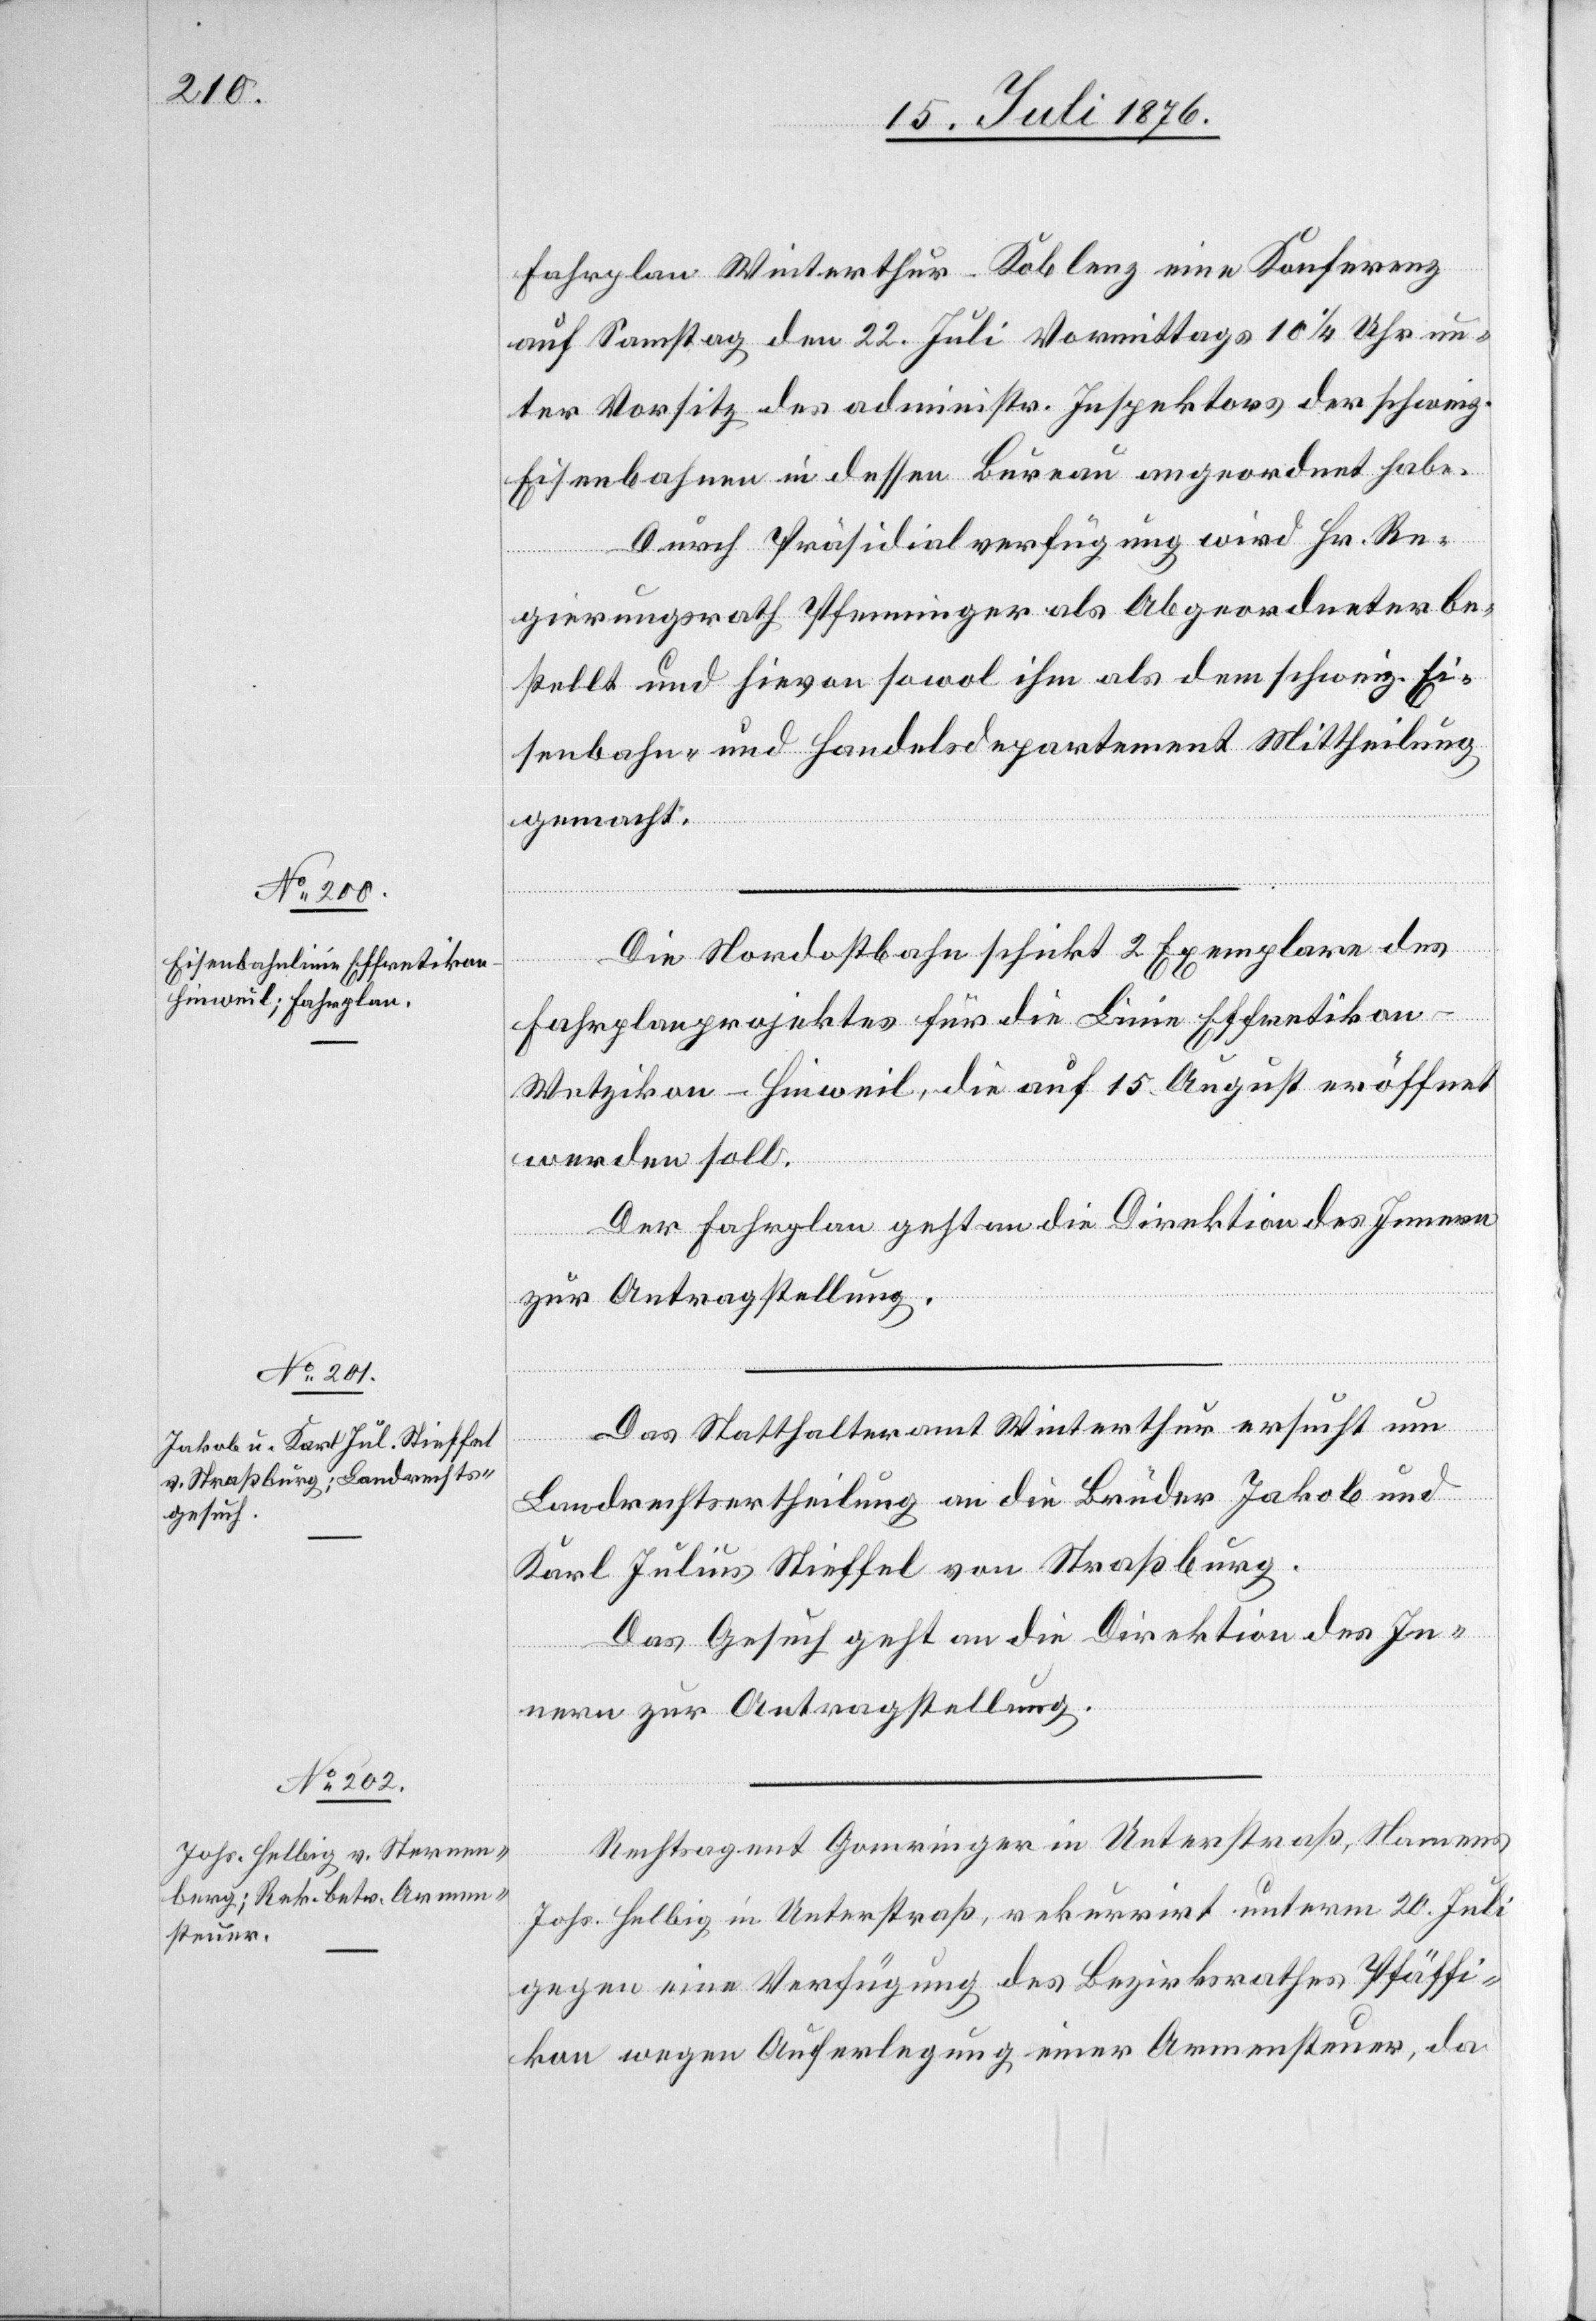
20. Juli 1876.]
Fahrplan Winterthur–Koblenz eine Konferenz
auf Samstag den 22. Juli Vormittags 10 1/4 Uhr un¬
ter Vorsitz des administr. Inspektors der schweiz.
Eisenbahnen in dessen Bureau angeordnet habe.
Durch Präsidialverfügung wird Hr. Re¬
gierungsrath Pfenninger als Abgeordneter be¬
stellt und hievon sowol ihm als dem schweiz. Ei¬
senbahn- und Handelsdepartement Mittheilung
gemacht.
Die Nordostbahn schickt 2 Exemplare des
Fahrplanprojektes für die Linie Effretikon–W¬
etzikon–Hinweil, die auf 15. August eröffnet
werden soll.
Der Fahrplan geht an die Direktion des Innern
zur Antragstellung.
Das Statthalteramt Winterthur ersucht um
Landrechtsertheilung an die Brüder Jakob und
Karl Julius Stieffel von Straßburg.
Das Gesuch geht an die Direktion des In¬
nern zur Antragstellung.
Rechtsagent Gomringer in Unterstraß, Namens
Johs. Helbig in Unterstraß, rekurrirt unterm 20. Juli
gegen eine Verfügung des Bezirksrathes Pfäffi¬
kon wegen Auferlegung einer Armensteuer, da